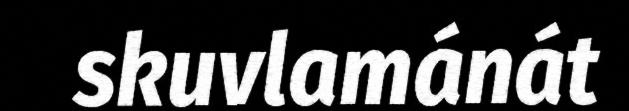
skuvlamánát